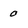
Character: 0